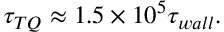
\tau _ { T Q } \approx 1 . 5 \times 1 0 ^ { 5 } \tau _ { w a l l } .